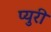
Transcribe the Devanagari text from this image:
प्युरी